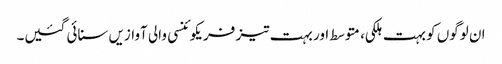
ان لوگوں کو بہت ہلکی، متوسط اور بہت تیز فریکوئنسی والی آوازیں سنائی گئیں۔